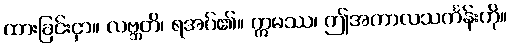
ထားခြင်းငှာ။ လဗ္ဘတိ၊ ရအပ်၏။ ဣမဿ၊ ဤအကာလသင်္ကန်းကို။